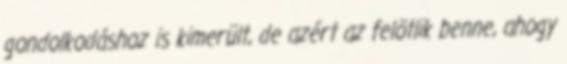
gondolkodáshoz is kimerült, de azért az felötlik benne, ahogy